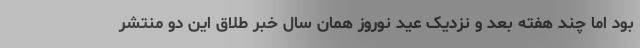
بود اما چند هفته بعد و نزدیک عید نوروز همان سال خبر طلاق این دو منتشر